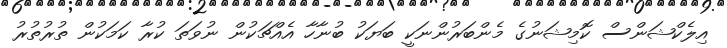
އިލެކްޝަންސް ކޮމިޝަނުގެ މެންބަރުންނަކީ ބަޔަކު ބުނާހާ އެއްޗަކުން ނުވަތަ ކުރާ ކަމަކުން ތުރުތުރު